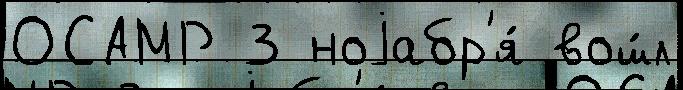
ОСАМР 3 ноjабр'я́ вош́л